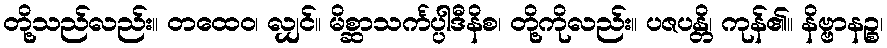
တို့သည်လည်း။ တထေဝ၊ လျှင်။ မိစ္ဆာသင်္ကပ္ပါဒီနိစ၊ တို့ကိုလည်း။ ပဇပန္တိ၊ ကုန်၏။ နိဗ္ဗာနဉ္စ၊